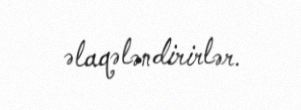
əlaqələndirirlər.